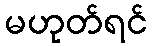
မဟုတ်ရင်